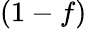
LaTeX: (1-f)